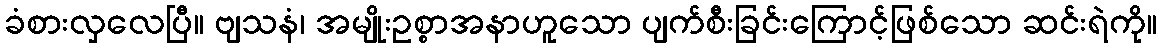
ခံစားလှလေပြီ။ ဗျသနံ၊ အမျိုးဥစ္စာအနာဟူသော ပျက်စီးခြင်းကြောင့်ဖြစ်သော ဆင်းရဲကို။